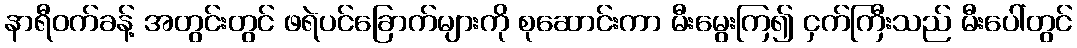
နာရီဝက်ခန့် အတွင်းတွင် ဖရဲပင်ခြောက်များကို စုဆောင်းကာ မီးမွေးကြ၍ ငှက်ကြီးသည် မီးပေါ်တွင်